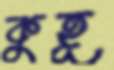
কুহূ